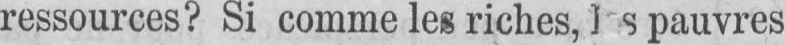
pauvres